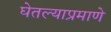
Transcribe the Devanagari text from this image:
घेतल्याप्रमाणे